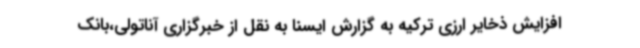
افزایش ذخایر ارزی ترکیه به گزارش ایسنا به نقل از خبرگزاری آناتولی،بانک